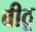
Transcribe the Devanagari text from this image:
वीठू